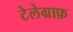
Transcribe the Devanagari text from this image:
टेलेग्राफ़